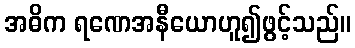
အဓိက ရဏေအနီယောဟူ၍ဖွင့်သည်။